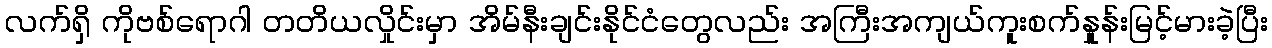
လက်ရှိ ကိုဗစ်ရောဂါ တတိယလှိုင်းမှာ အိမ်နီးချင်းနိုင်ငံတွေလည်း အကြီးအကျယ်ကူးစက်နှုူန်းမြင့်မားခဲ့ပြီး